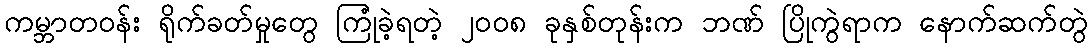
ကမ္ဘာတဝန်း ရိုက်ခတ်မှုတွေ ကြုံခဲ့ရတဲ့ ၂၀၀၈ ခုနှစ်တုန်းက ဘဏ် ပြိုကွဲရာက နောက်ဆက်တွဲ